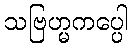
သဗြဟ္မကပ္ပေါ